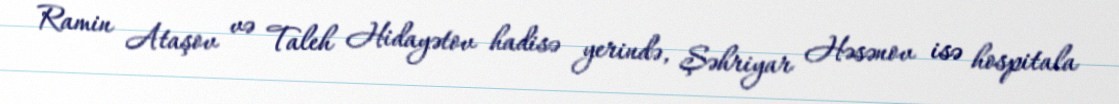
Ramin Ataşov və Taleh Hidayətov hadisə yerində, Şəhriyar Həsənov isə hospitala